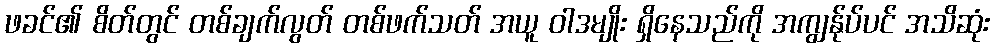
ဖခင်၏ စိတ်တွင် တစ်ချက်လွတ် တစ်ဖက်သတ် အယူ ဝါဒမျိုး ရှိနေသည်ကို အကျွန်ုပ်ပင် အသိဆုံး